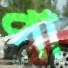
পা